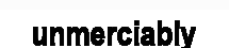
unmerciably